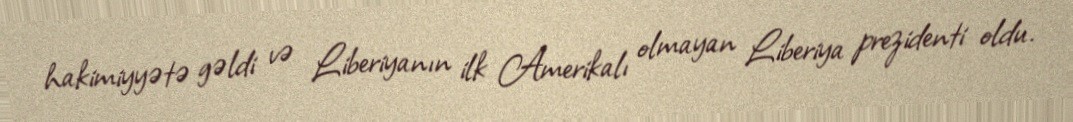
hakimiyyətə gəldi və Liberiyanın ilk Amerikalı olmayan Liberiya prezidenti oldu.